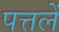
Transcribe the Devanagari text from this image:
पत्तलें